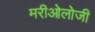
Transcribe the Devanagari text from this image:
मरीओलोजी